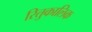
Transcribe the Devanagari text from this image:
रितुकालिक